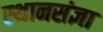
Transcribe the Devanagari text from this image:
स्थानसंज्ञा